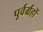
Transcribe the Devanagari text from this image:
पूर्वर्ग्रहों